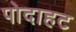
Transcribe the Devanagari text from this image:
पोदाहट